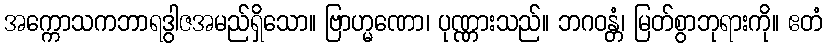
အက္ကောသကဘာရဒွါဇအမည်ရှိသော။ ဗြာဟ္မဏော၊ ပုဏ္ဏားသည်။ ဘဂဝန္တံ၊ မြတ်စွာဘုရားကို။ ဧတံ